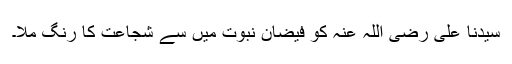
سیدنا علی رضی اللہ عنہ کو فیضانِ نبوت میں سے شجاعت کا رنگ ملا۔